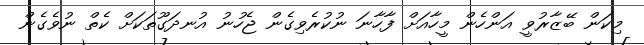
މިކަން ބޭޒާރުވީ އަންހެން މީހާއަށް ފާހާނަ ނުކުރެވިގެން ޖެހުނު އުނދަގޫތަކަށް ކެތް ނުވެގެން